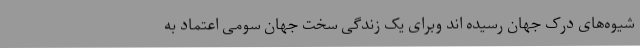
شیوه‌های درک جهان رسیده اند وبرای یک زندگی سخت جهان سومی اعتماد به